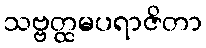
သဗ္ဗတ္ထမပရာဇိတာ